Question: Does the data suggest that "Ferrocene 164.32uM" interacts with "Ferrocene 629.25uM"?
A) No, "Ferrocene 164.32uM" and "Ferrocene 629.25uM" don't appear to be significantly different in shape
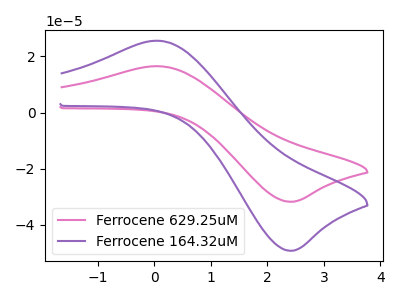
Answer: <think>The pink curve "Ferrocene 629.25uM" has an anodic peak at (0.05V, 16.50uA) and a cathodic peak at (2.45V, -31.75uA). The purple curve "Ferrocene 164.32uM" has an anodic peak at (0.05V, 25.60uA) and a cathodic peak at (2.45V, -49.25uA).
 All the peaks in "Ferrocene 164.32uM" have a peak in "Ferrocene 629.25uM" at the same potential. Every peak in "Ferrocene 164.32uM" is higher than every peak in "Ferrocene 629.25uM".</think>
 <answer>A) No, "Ferrocene 164.32uM" and "Ferrocene 629.25uM" don't appear to be significantly different in shape</answer>
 <eval>A</eval>